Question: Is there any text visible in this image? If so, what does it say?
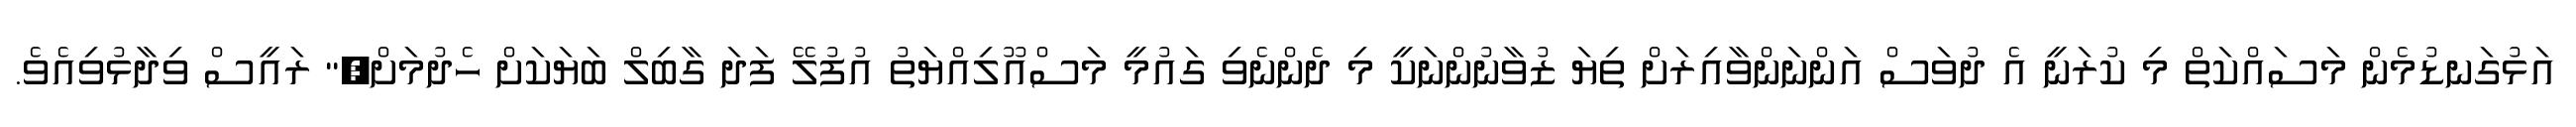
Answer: އަޅުގަނޑުމެން މަސައްކަތް މި ކުރަނީ އެ ދުވަސް އަންނަންވާއިރަށް ތިޔަ ޒުވާނުންނަކީ މި ދެންނެވި ގައުމީ މަސްއޫލިއްޔަތު އުފުލޭ ފަދަ ގާބިލް ބަޔަކަށް ހެދުމަށް," ރައީސް ވިދާޅުވިއެވެ.